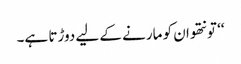
‘‘ تو نتھو ان کو مارنے کے لیے دوڑتا ہے۔